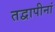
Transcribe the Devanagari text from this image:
तद्वापीनां